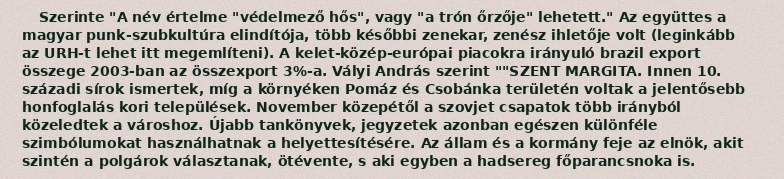
Szerinte "A név értelme "védelmező hős", vagy "a trón őrzője" lehetett." Az együttes a magyar punk-szubkultúra elindítója, több későbbi zenekar, zenész ihletője volt (leginkább az URH-t lehet itt megemlíteni). A kelet-közép-európai piacokra irányuló brazil export összege 2003-ban az összexport 3%-a. Vályi András szerint ""SZENT MARGITA. Innen 10. századi sírok ismertek, míg a környéken Pomáz és Csobánka területén voltak a jelentősebb honfoglalás kori települések. November közepétől a szovjet csapatok több irányból közeledtek a városhoz. Újabb tankönyvek, jegyzetek azonban egészen különféle szimbólumokat használhatnak a helyettesítésére. Az állam és a kormány feje az elnök, akit szintén a polgárok választanak, ötévente, s aki egyben a hadsereg főparancsnoka is.